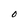
Character: O